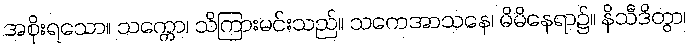
အစိုးရသော။ သက္ကော၊ သိကြားမင်းသည်။ သကေအာသနေ၊ မိမိနေရာ၌။ နိသီဒိတွာ၊